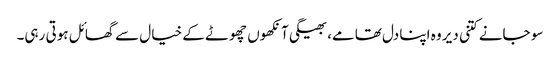
سو جانے کتنی دیر وہ اپنا دل تھامے، بھیگی آنکھوں چھوٹے کے خیال سے گھائل ہوتی رہی۔